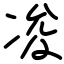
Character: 𠗕